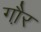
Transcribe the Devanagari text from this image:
गौ़र